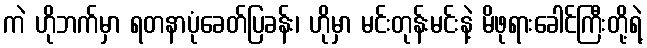
ကဲ ဟိုဘက်မှာ ရတနာပုံခေတ်ပြခန်း၊ ဟိုမှာ မင်းတုန်းမင်းနဲ့ မိဖုရားခေါင်ကြီးတို့ရဲ့